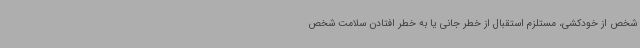
شخص از خودکشی، مستلزم استقبال از خطر جانی یا به خطر افتادن سلامت شخص